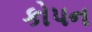
કોપન